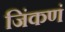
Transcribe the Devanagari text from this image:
जिंकणं